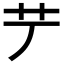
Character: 𦫺